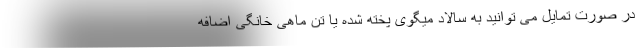
در صورت تمایل می توانید به سالاد میگوی پخته شده یا تن ماهی خانگی اضافه